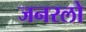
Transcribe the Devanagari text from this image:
जनरलो